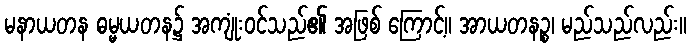
မနာယတန ဓမ္မယတန၌ အကျုံးဝင်သည်၏ အဖြစ် ကြောင့်။ အာယတနဉ္စ၊ မည်သည်လည်း။